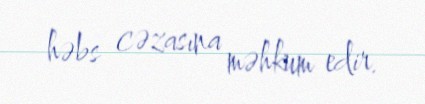
həbs cəzasına məhkum edir.